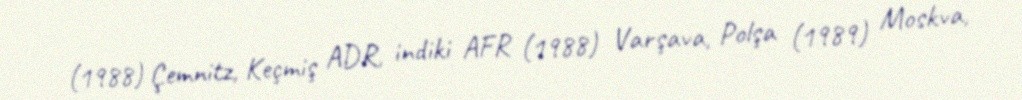
(1988) Çemnitz, Keçmiş ADR, indiki AFR (1988) Varşava, Polşa (1989) Moskva,